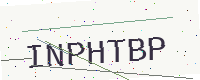
Text: INPHTBP